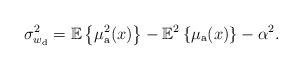
LaTeX: \begin{align*}\sigma_{w_{\rm d}}^2=\mathbb{E}\left\{\mu^2_{\rm a}(x)\right\}-\mathbb{E}^2\left\{\mu_{\rm a}(x)\right\}-\alpha^2.\end{align*}